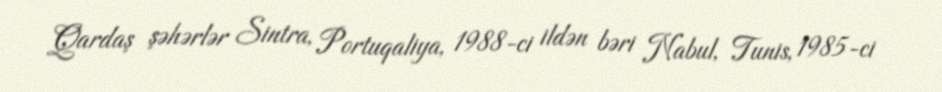
Qardaş şəhərlər Sintra, Portuqaliya, 1988-ci ildən bəri Nabul, Tunis, 1985-ci